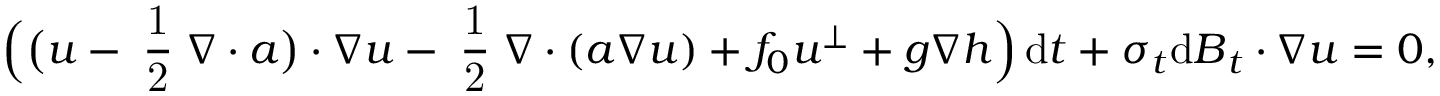
\Big ( \big ( \boldsymbol { u } - \mathrm { \scriptsize ~ \frac { 1 } { 2 } ~ } \boldsymbol { \nabla } \boldsymbol { \cdot } \boldsymbol { a } \big ) \boldsymbol { \cdot } \boldsymbol { \nabla } \boldsymbol { u } - \mathrm { \scriptsize ~ \frac { 1 } { 2 } ~ } \boldsymbol { \nabla } \boldsymbol { \cdot } ( \boldsymbol { a } \boldsymbol { \nabla } \boldsymbol { u } ) + f _ { 0 } \boldsymbol { u } ^ { \perp } + g \boldsymbol { \nabla } h \Big ) \, \mathrm { d } t + \boldsymbol { \sigma } _ { t } \mathrm { d } \boldsymbol { B } _ { t } \boldsymbol { \cdot } \boldsymbol { \nabla } \boldsymbol { u } = 0 ,